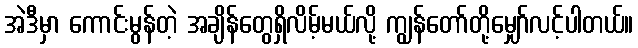
အဲဒီမှာ ကောင်းမွန်တဲ့ အချိန်တွေရှိလိမ့်မယ်လို့ ကျွန်တော်တို့မျှော်လင့်ပါတယ်။